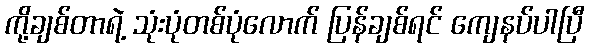
ကို့ချစ်တာရဲ့ သုံးပုံတစ်ပုံလောက် ပြန်ချစ်ရင် ကျေနပ်ပါပြီ